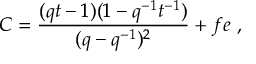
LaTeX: C = \frac { ( q t - 1 ) ( 1 - q ^ { - 1 } t ^ { - 1 } ) } { ( q - q ^ { - 1 } ) ^ { 2 } } + f e ~ ,